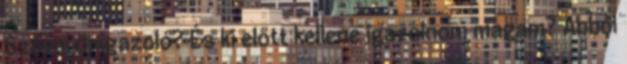
Szóval önigazoló? És ki előtt kellene igazolnom magam? Abból